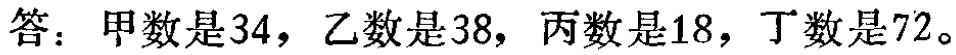
答：甲数是\(34\)，乙数是\(38\)，丙数是\(18\)，丁数是\(72\)。